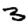
Digit: 3